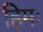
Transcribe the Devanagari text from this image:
हिमः